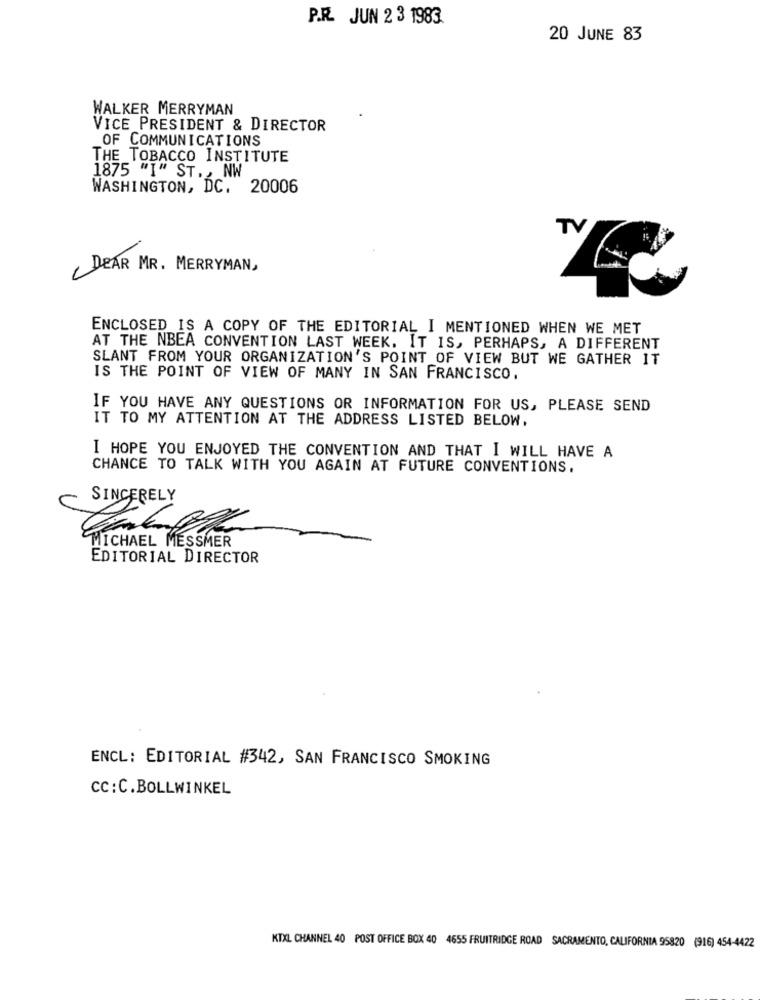
P.R. JUN 2 3 1983.
20 JUNE 83
WALKER MERRYMAN
VICE PRESIDENT & DIRECTOR
OF COMMUNICATIONS
THE TOBACCO INSTITUTE
1875 "I" ST ., NW
WASHINGTON, DC. 20006
TV
DEAR MR. MERRYMAN,
ENCLOSED IS A COPY OF THE EDITORIAL I MENTIONED WHEN WE MET
AT THE NBEA CONVENTION LAST WEEK. IT IS, PERHAPS, A DIFFERENT
SLANT FROM YOUR ORGANIZATION'S POINT OF VIEW BUT WE GATHER IT
IS THE POINT OF VIEW OF MANY IN SAN FRANCISCO.
IF YOU HAVE ANY QUESTIONS OR INFORMATION FOR US, PLEASE SEND
IT TO MY ATTENTION AT THE ADDRESS LISTED BELOW.
I HOPE YOU ENJOYED THE CONVENTION AND THAT I WILL HAVE A
CHANCE TO TALK WITH YOU AGAIN AT FUTURE CONVENTIONS.
SINCERELY
MICHAEL MESSMER
EDITORIAL DIRECTOR
ENCL: EDITORIAL #342, SAN FRANCISCO SMOKING
cc : C.BOLLWINKEL
KTXL CHANNEL 40 POST OFFICE BOX 40 4655 FRUITRIDGE ROAD SACRAMENTO, CALIFORNIA 95820 (916) 454-4422